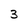
Character: 3